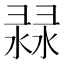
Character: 𢑨